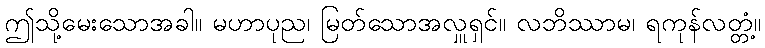
ဤသို့မေးသောအခါ။ မဟာပုည၊ မြတ်သောအလှူရှင်။ လဘိဿာမ၊ ရကုန်လတ္တံ့။